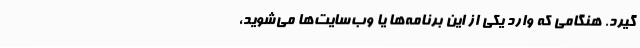
‌گیرد. هنگامی که وارد یکی از این برنامه‌ها یا وب‌‌سایت‌ها می‌شوید،